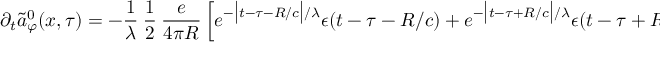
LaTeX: \partial _ { t } \tilde { a } _ { \varphi } ^ { 0 } ( x , \tau ) = - \frac { 1 } { \lambda } \ \frac 1 2 \ \frac { e } { 4 \pi R } \left[ e ^ { - \bigl | t - \tau - R / c \bigr | / \lambda } \epsilon ( t - \tau - R / c ) + e ^ { - \bigl | t - \tau + R / c \bigr | / \lambda } \epsilon ( t - \tau + R / c ) \right]